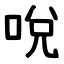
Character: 哾